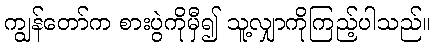
ကျွန်တော်က စားပွဲကိုမှီ၍ သူ့လျှာကိုကြည့်ပါသည်။